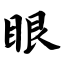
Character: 眼